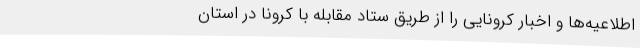
اطلاعیه‌ها و اخبار کرونایی را از طریق ستاد مقابله با کرونا در استان